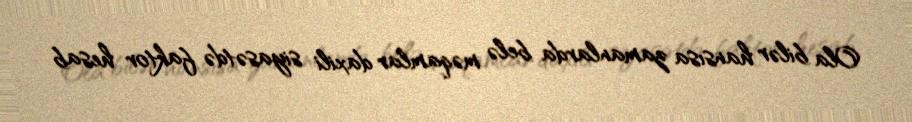
Ola bilər hansısa zamanlarda belə məqamlar daxili siyasətdə faktor hesab